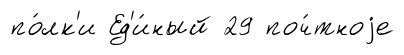
по́лк'и Ед'и́ный 29 поч́тноjе